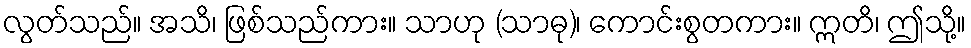
လွတ်သည်။ အသိ၊ ဖြစ်သည်ကား။ သာဟု (သာဓု)၊ ကောင်းစွတကား။ ဣတိ၊ ဤသို့။